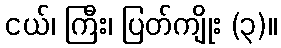
ငယ်၊ ကြီး၊ ပြတ်ကျိုး (၃)။